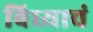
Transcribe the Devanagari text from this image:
बिघ्याचं